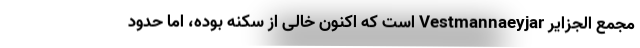
مجمع الجزایر Vestmannaeyjar است که اکنون خالی از سکنه بوده، اما حدود